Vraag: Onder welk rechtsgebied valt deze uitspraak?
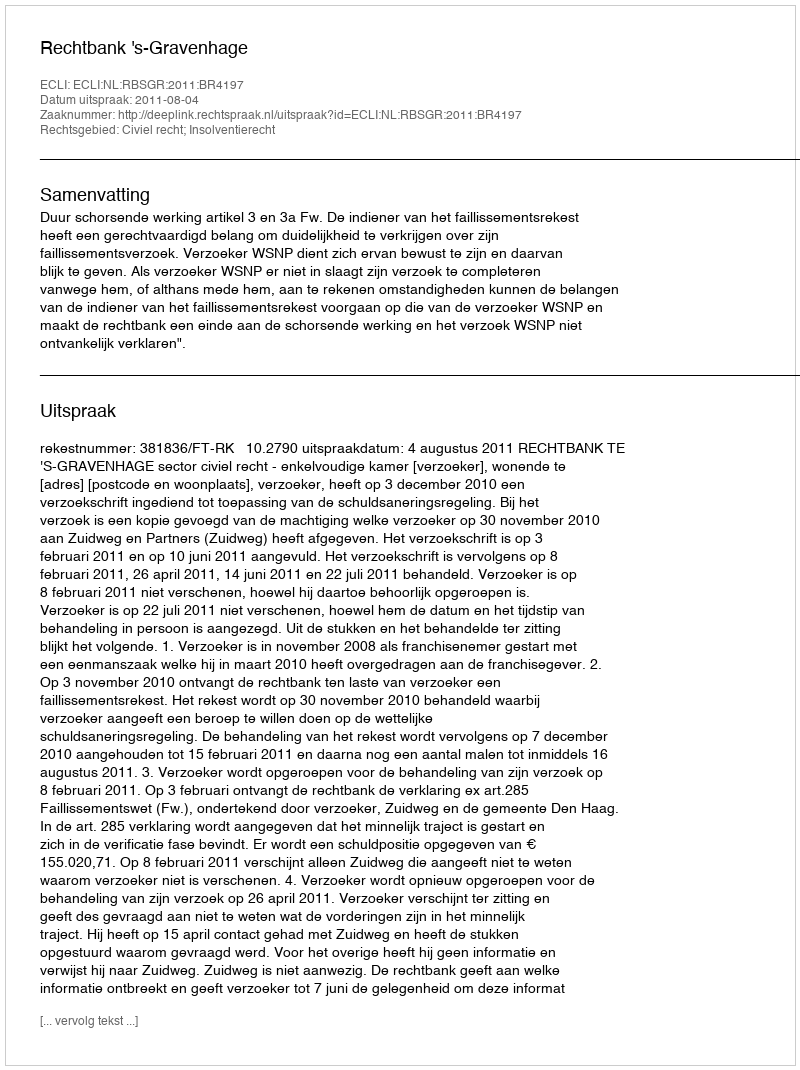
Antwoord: Civiel recht; Insolventierecht